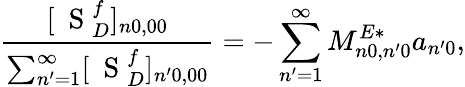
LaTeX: \frac{[\mathrm{~\mathbf~S~}_{D}^{f}]_{n0,00}}{\sum_{n^{\prime}=1}^{\infty}[\mathrm{~\mathbf~S~}_{D}^{f}]_{n^{\prime}0,00}}=-\sum_{n^{\prime}=1}^{\infty}M_{n0,n^{\prime}0}^{E*}a_{n^{\prime}0},